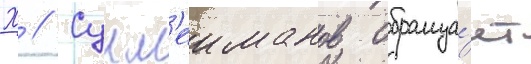
Х // Сулм'еиманов обраща́ет